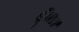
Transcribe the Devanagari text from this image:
हूँ।॥४॥